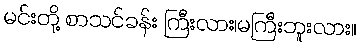
မင်းတို့ စာသင်ခန်း ကြီးလား၊မကြီးဘူးလား။